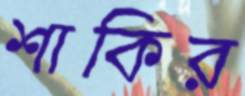
শাকির